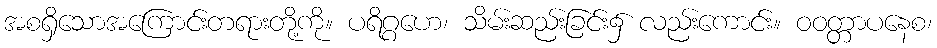
အစရှိသောအကြောင်းတရားတို့ကို။ ပရိဂ္ဂဟေ၊ သိမ်းဆည်းခြင်း၌ လည်းကောင်း။ ဝဝတ္တာပနေစ၊